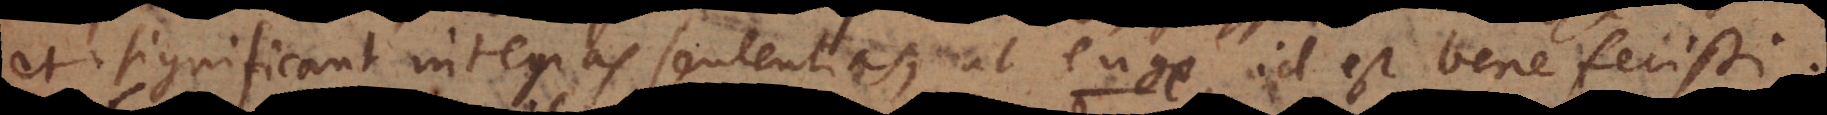
et significant integras sententias, ut euge id est bene fecisti,